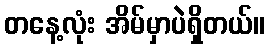
တနေ့လုံး အိမ်မှာပဲရှိတယ်။